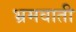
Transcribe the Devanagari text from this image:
भ्रमवाती